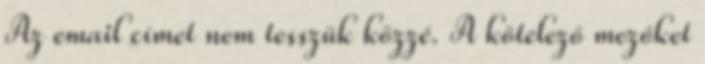
Az email címet nem tesszük közzé. A kötelező mezőket